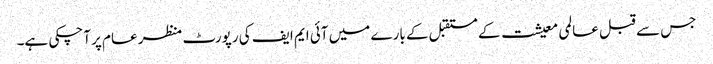
جس سے قبل عالمی معیشت کے مستقبل کے بارے میں آئی ایم ایف کی رپورٹ منظر عام پر آچکی ہے۔